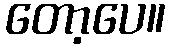
တော့ပေ။